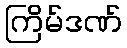
ကြိမ်ဒဏ်